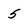
Character: 5